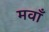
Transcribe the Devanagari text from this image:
मवाँ